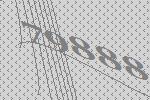
79888